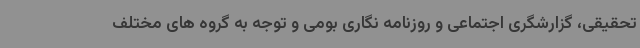
تحقیقی، گزارشگری اجتماعی و روزنامه نگاری بومی و توجه به گروه های مختلف